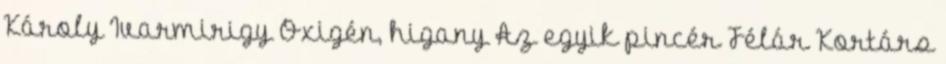
Károly Ivarmirigy Oxigén, higany Az egyik pincér Félár Kortárs